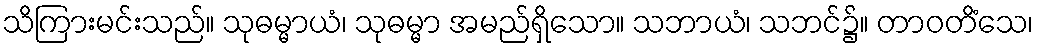
သိကြားမင်းသည်။ သုဓမ္မာယံ၊ သုဓမ္မာ အမည်ရှိသော။ သဘာယံ၊ သဘင်၌။ တာဝတိံသေ၊